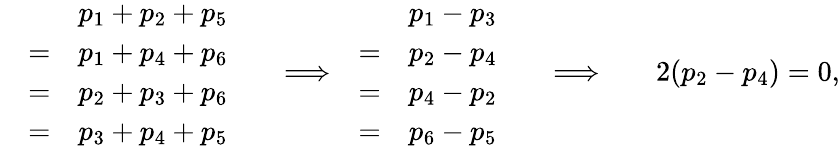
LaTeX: \begin{array}{rlrlrlrlr}&{\begin{array}{rl}&{p_{1}+p_{2}+p_{5}}\\ {=}&{p_{1}+p_{4}+p_{6}}\\ {=}&{p_{2}+p_{3}+p_{6}}\\ {=}&{p_{3}+p_{4}+p_{5}}\end{array}}&&{\Longrightarrow}&{\begin{array}{rl}&{p_{1}-p_{3}}\\ {=}&{p_{2}-p_{4}}\\ {=}&{p_{4}-p_{2}}\\ {=}&{p_{6}-p_{5}}\end{array}}&{}&{\Longrightarrow}&{}&{2(p_{2}-p_{4})=0,}\end{array}